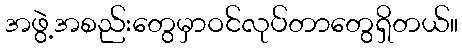
အဖွဲ့အစည်းတွေမှာဝင်လုပ်တာတွေရှိတယ်။